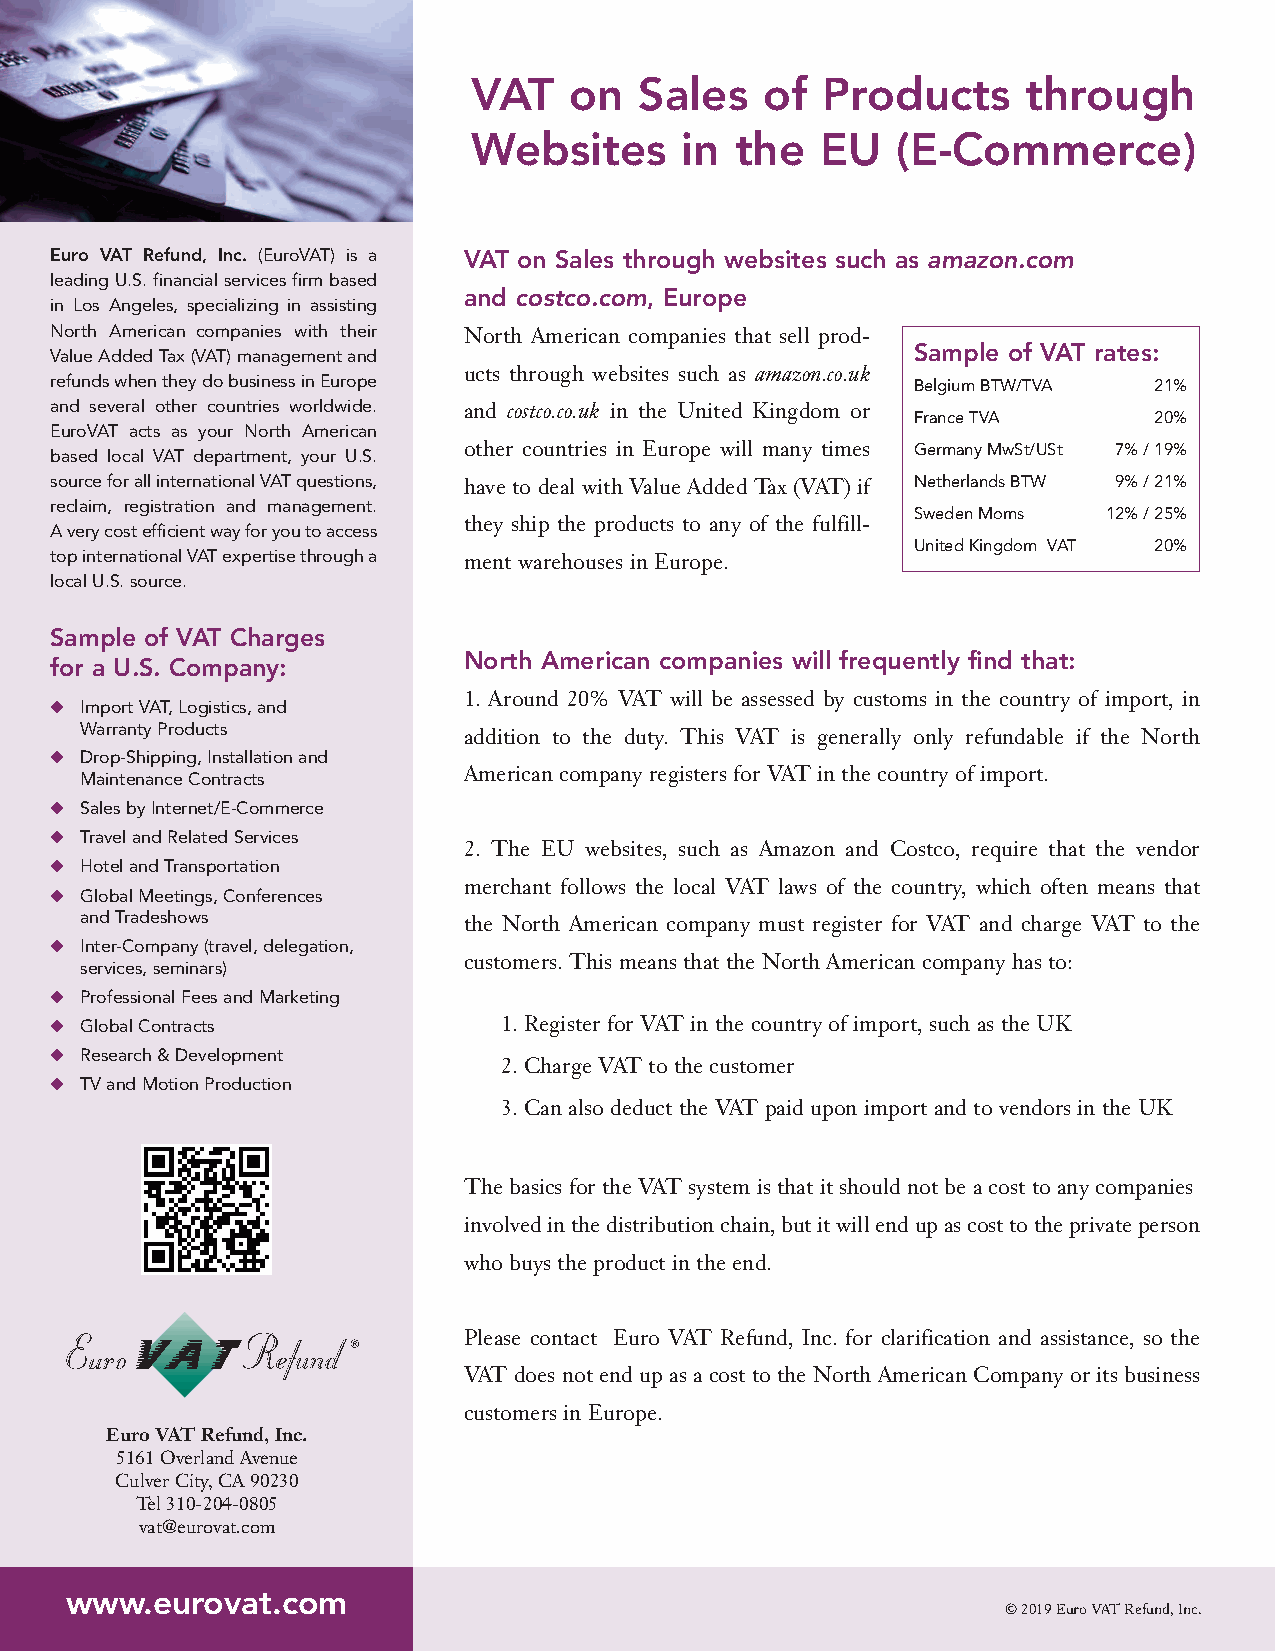
VAT    on  Sales    of Products      through
 Websites      in  the  EU   (E-Commerce)
 Euro VAT Refund, Inc. (EuroVAT) is a VAT on Sales through websites such as amazon.com
 leading U.S. financial services firm based
 and costco.com, Europe
 in Los Angeles, specializing in assisting
 North American companies with their North American companies that sell prod-
 Value Added Tax (VAT) management and                     Sample of VAT rates:
 ucts through websites such as amazon.co.uk
 refunds when they do business in Europe                  Belgium BTW/TVA 21%
 and several other countries worldwide. and costco.co.uk in the United Kingdom or
 France TVA      20%
 EuroVAT acts as your North American
 based local VAT department, your U.S. other countries in Europe will many times Germany MwSt/USt 7% / 19%
 source for all international VAT questions, have to deal with Value Added Tax (VAT) if Netherlands BTW 9% / 21%
 reclaim, registration and management.
 Sweden Moms  12% / 25%
 they ship the products to any of the fulfill-
 A very cost efficient way for you to access
 United Kingdom VAT 20%
 top international VAT expertise through a ment warehouses in Europe.
 local U.S. source.
 Sample of VAT Charges
 North American companies will frequently find that:
 for a U.S. Company:
 1. Around 20% VAT will be assessed by customs in the country of import, in
 u Import VAT, Logistics, and
 Warranty Products
 addition to the duty. This VAT is generally only refundable if the North
 u Drop-Shipping, Installation and
 American company registers for VAT in the country of import.
 Maintenance Contracts
 u Sales by Internet/E-Commerce
 u Travel and Related Services
 2. The EU websites, such as Amazon and Costco, require that the vendor
 u Hotel and Transportation
 merchant follows the local VAT laws of the country, which often means that
 u Global Meetings, Conferences
 and Tradeshows            the North American company must register for VAT and charge VAT to the
 u Inter-Company (travel, delegation,
 customers. This means that the North American company has to:
 services, seminars)
 u Professional Fees and Marketing
 u Global Contracts            1.Register for VAT in the country of import, such as the UK
 u Research & Development
 2.Charge VAT to the customer
 u TV and Motion Production
 3.Can also deduct the VAT paid upon import and to vendors in the UK
 The basics for the VAT system is that it should not be a cost to any companies
 involved in the distribution chain, but it will end up as cost to the private person
 who buys the product in the end.
 Please contact Euro VAT Refund, Inc. for clarification and assistance, so the
 VAT does not end up as a cost to the North American Company or its business
 customers in Europe.
 Euro VAT Refund, Inc.
 5161 Overland Avenue
 Culver City, CA 90230
 Tel 310-204-0805
 vat@eurovat.com
 www.eurovat.com
 © 2019 Euro VAT Refund, Inc.